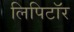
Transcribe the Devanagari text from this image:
लिपिटॉर